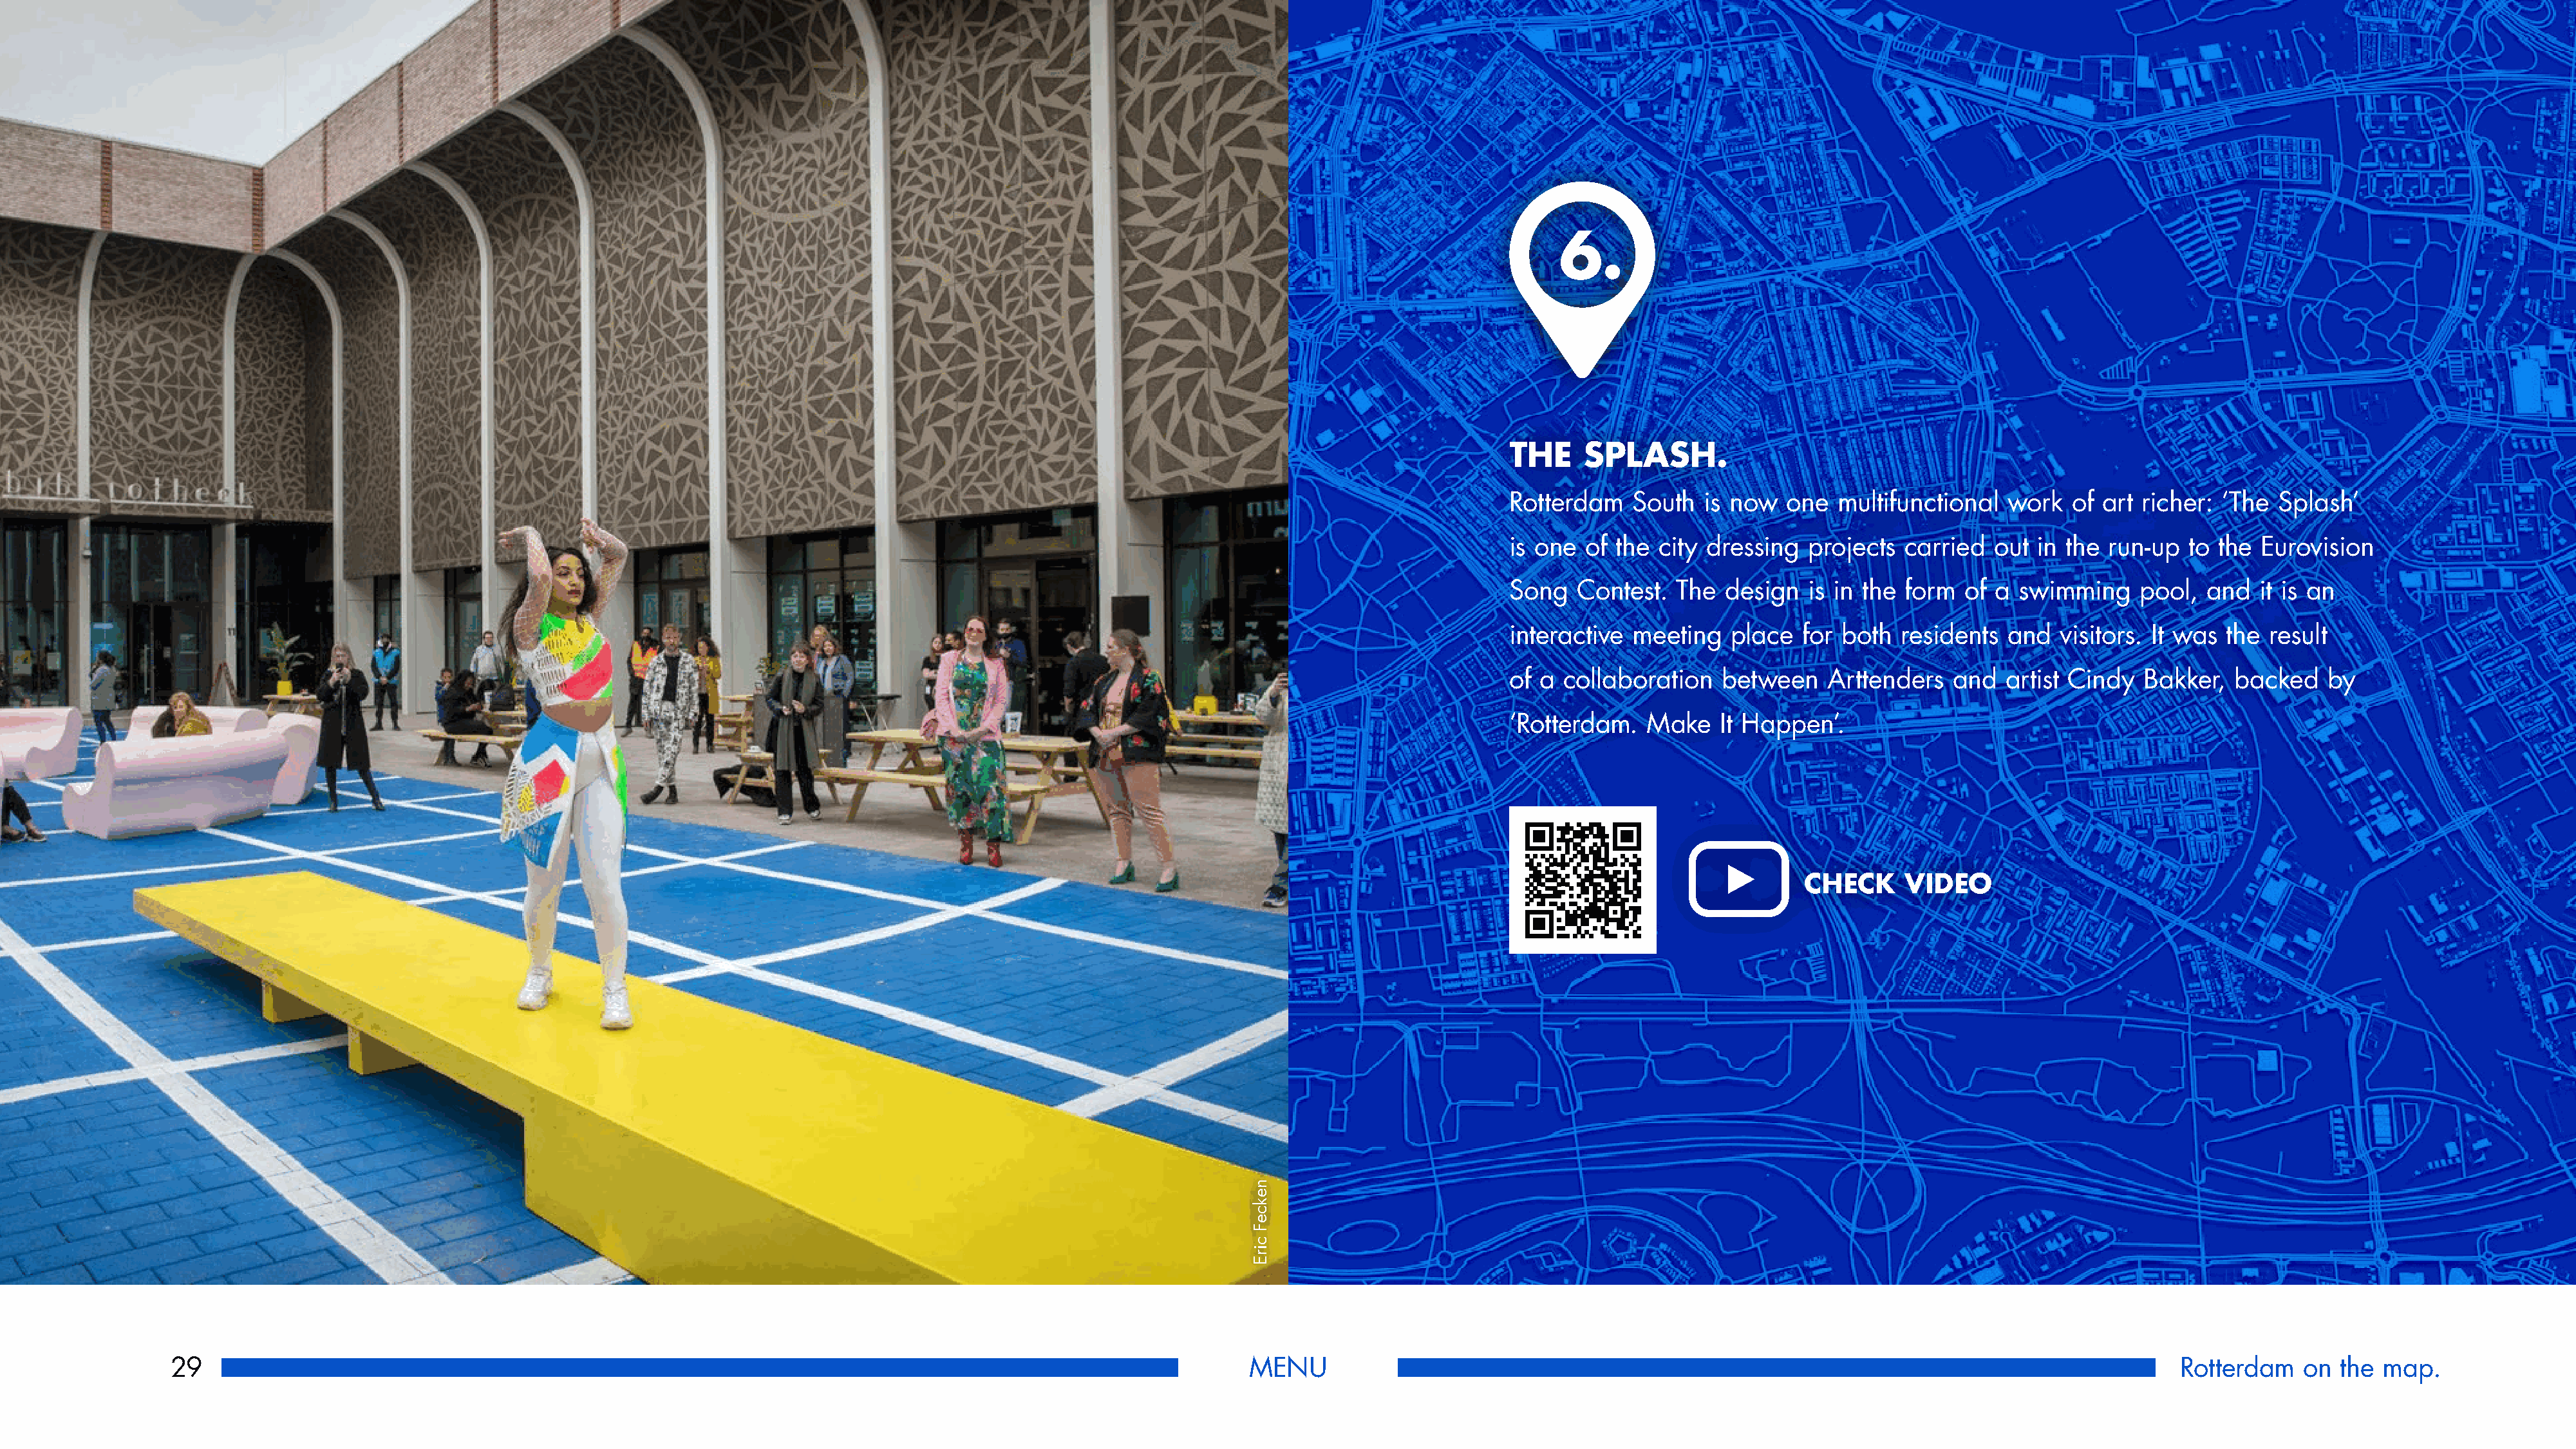
6.
 THE     SPLASH.
 Rotterdam    South  is now   one  multifunctional  work   of art richer: ‘The  Splash’
 is one  of the  city dressing  projects  carried  out in the  run-up  to the Eurovision
 Song   Contest.  The  design   is in the form  of a  swimming    pool,  and  it is an
 interactive  meeting   place  for both  residents  and   visitors. It was the result
 of a  collaboration   between    Arttenders   and  artist Cindy  Bakker,   backed   by
 ‘Rotterdam.   Make    It Happen’.
 CHECK      VIDEO
 29                                                                                                            MENU                                                                                            Rotterdam    on  the map.
 nekceF
 cirE